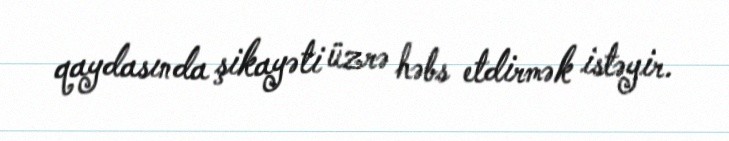
qaydasında şikayəti üzrə həbs etdirmək istəyir.